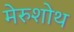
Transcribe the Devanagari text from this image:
मेरुशोथ